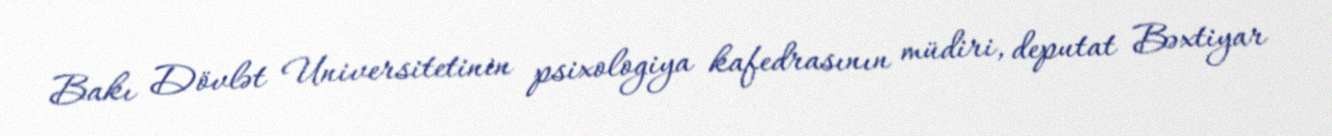
Bakı Dövlət Universitetinin psixologiya kafedrasının müdiri, deputat Bəxtiyar